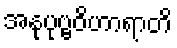
အနုပုဗ္ဗဝိဟာရာတိ